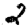
Digit: 2